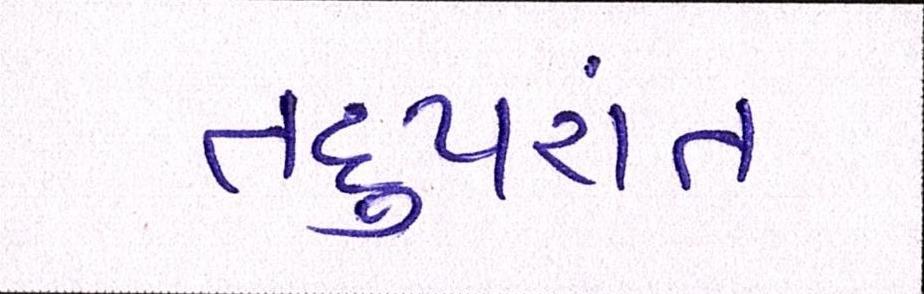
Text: તદુપરાંત